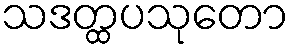
သဒတ္ထပသုတော